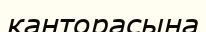
канторасына